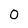
Character: 0